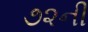
૭૨ની